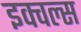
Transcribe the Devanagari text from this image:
इक्वल्स